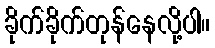
ခိုက်ခိုက်တုန်နေလို့ပါ။